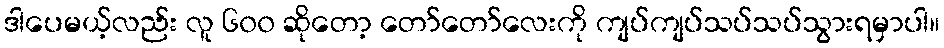
ဒါပေမယ့်လည်း လူ ၆၀၀ ဆိုတော့ တော်တော်လေးကို ကျပ်ကျပ်သပ်သပ်သွားရမှာပါ။